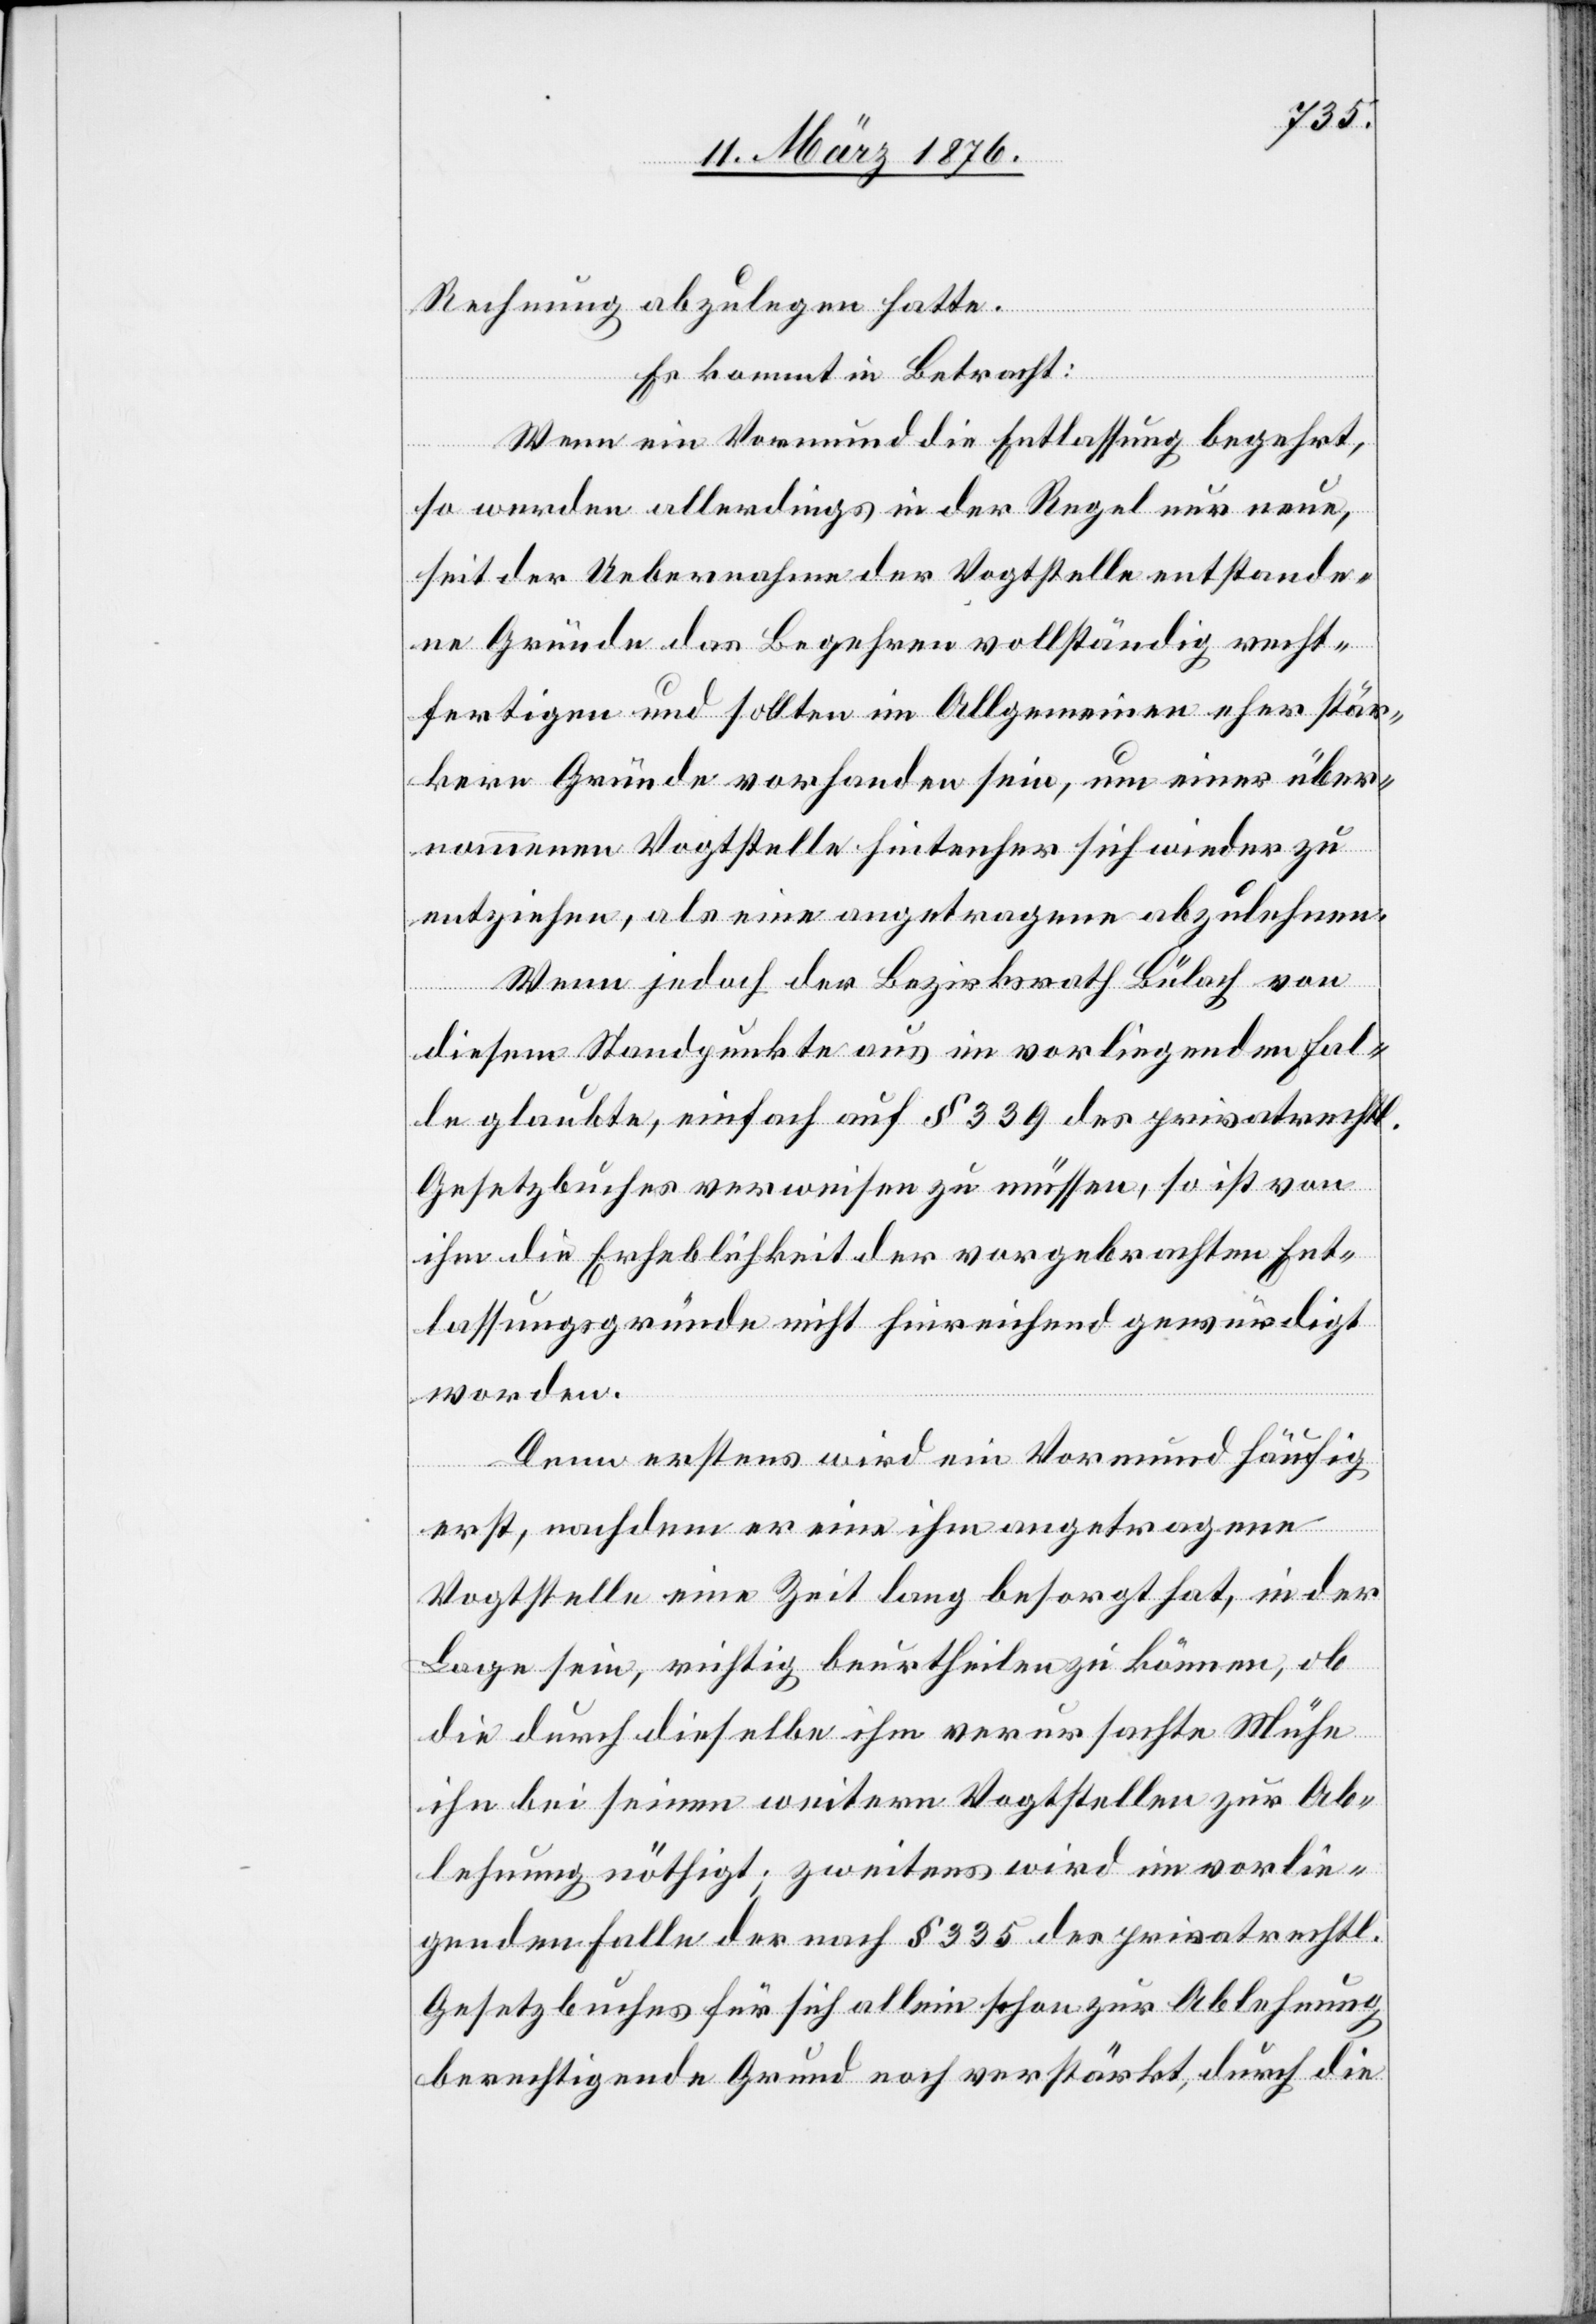
Rechnung abzulegen hatte.
Es kommt in Betracht:
Wenn ein Vormund die Entlassung begehrt,
so werden allerdings in der Regel nur neue,
seit der Uebernahme der Vogtstelle entstande¬
ne Gründe das Begehren vollständig recht¬
fertigen und sollten im Allgemeinen eher stär¬
kere Gründe vorhanden sein, um einer über¬
nommenen Vogtstelle hinterher sich wieder zu
entziehen, als eine angetragene abzulehnen.
Wenn jedoch der Bezirksrath Bülach von
diesem Standpunkte aus im vorliegenden Fal¬
le glaubte, einfach auf § 339 des privatrechtl.
Gesetzbuches verweisen zu müssen, so ist von
ihm die Erheblichkeit der vorgebrachten Ent¬
lassungsgründe nicht hinreichend gewürdigt
worden.
Denn erstens wird ein Vormund häufig
erst, nachdem er eine ihm angetragene
Vogtstelle eine Zeit lang besorgt hat, in der
Lage sein, richtig beurtheilen zu können, ob
die durch dieselbe ihm verursachte Mühe
ihn bei seinen weiteren Vogtstellen zur Ab¬
lehnung nöthigt; zweitens wird im vorlie¬
genden Falle der nach § 335 des privatrechtl.
Gesetzbuches für sich allein schon zur Ablehnung
berechtigende Grund noch verstärkt, durch die